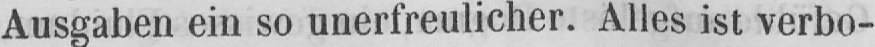
Ausgaben ein so unerfreulicher. Alles ist verbo-